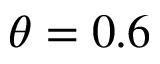
\theta = 0 . 6